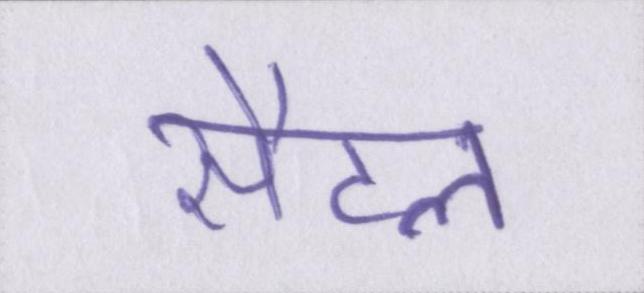
सैटल